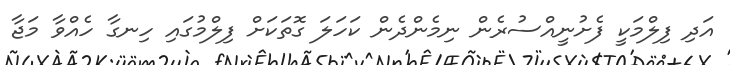
އަދި ފިލްމަކީ ފެށުނީއްސުރެން ނިމެންދެން ކަހަލަ ގޮތަކަށް ފިލްމުގައި ހިނގާ ހެއްވާ މަޖާ